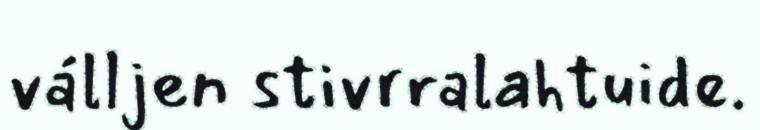
válljen stivrralahtuide.